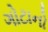
ગોટાનો